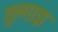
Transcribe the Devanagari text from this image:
इल्गाझ